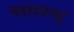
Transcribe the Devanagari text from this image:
सदस्य्